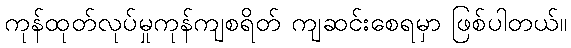
ကုန်ထုတ်လုပ်မှုကုန်ကျစရိတ် ကျဆင်းစေရမှာ ဖြစ်ပါတယ်။